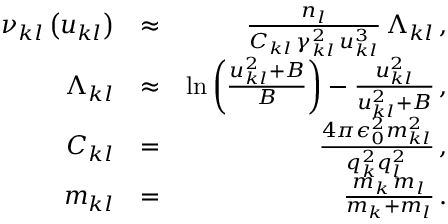
\begin{array} { r l r } { \nu _ { k l } \left( u _ { k l } \right) } & { \approx } & { \frac { n _ { l } } { C _ { k l } \, \gamma _ { k l } ^ { 2 } \, u _ { k l } ^ { 3 } } \, \Lambda _ { k l } \, , } \\ { \Lambda _ { k l } } & { \approx } & { \ln \left( \frac { u _ { k l } ^ { 2 } + B } { B } \right) - \frac { u _ { k l } ^ { 2 } } { u _ { k l } ^ { 2 } + B } \, , } \\ { C _ { k l } } & { = } & { \frac { 4 \pi \epsilon _ { 0 } ^ { 2 } m _ { k l } ^ { 2 } } { q _ { k } ^ { 2 } q _ { l } ^ { 2 } } \, , } \\ { m _ { k l } } & { = } & { \frac { m _ { k } \, m _ { l } } { m _ { k } + m _ { l } } \, . } \end{array}